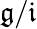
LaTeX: {\mathfrak{g}}/{\mathfrak{i}}